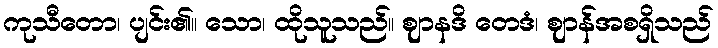
ကုသီတော၊ ပျင်း၏။ သော၊ ထိုသူသည်။ ဈာနဒိ တေဒံ၊ ဈာန်အစရှိသည်